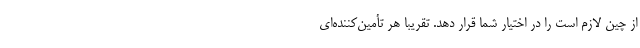
از چین لازم است را در اختیار شما قرار دهد. تقریباً هر تأمین‌کننده‌ای